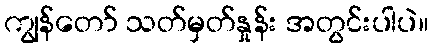
ကျွန်တော် သတ်မှတ်နှုန်း အတွင်းပါပဲ။